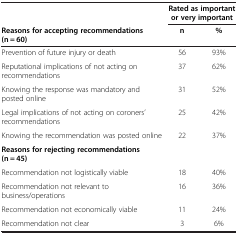
|  | <COLSPAN=2> Rated as important or very important |
 | Reasons for accepting recommendations (n = 60) | n | % |
 | --- | --- | --- |
 | Prevention of future injury or death | 56 | 93% |
 | Reputational implications of not acting on recommendations | 37 | 62% |
 | Knowing the response was mandatory and posted online | 31 | 52% |
 | Legal implications of not acting on coroners’ recommendations | 25 | 42% |
 | Knowing the recommendation was posted online | 22 | 37% |
 | Reasons for rejecting recommendations (n = 45) |  |  |
 | Recommendation not logistically viable | 18 | 40% |
 | Recommendation not relevant to business/operations | 16 | 36% |
 | Recommendation not economically viable | 11 | 24% |
 | Recommendation not clear | 3 | 6% |